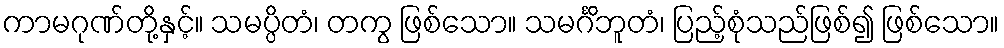
ကာမဂုဏ်တို့နှင့်။ သမပ္ပိတံ၊ တကွ ဖြစ်သော။ သမင်္ဂိဘူတံ၊ ပြည့်စုံသည်ဖြစ်၍ ဖြစ်သော။